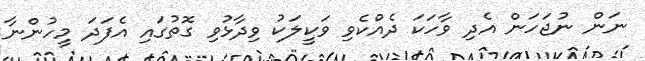
ނަން ނުޖަހަން އެދި ވާހަކަ ދެއްކެވި ވަކީލަކު ވިދާޅުވި ގޮތުގައި އެފަދަ މީހުންނާ